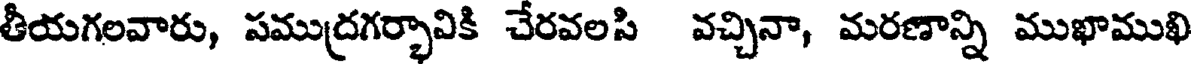
తీయగలవారు, సముద్రగర్భావికి చేరవలసి వచ్చినా, మరణాన్ని ముఖాముఖి